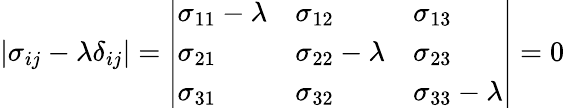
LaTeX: \left|\sigma_{ij}-\lambda\delta_{ij}\right|={\left|\begin{array}{lll}{\sigma_{11}-\lambda}&{\sigma_{12}}&{\sigma_{13}}\\ {\sigma_{21}}&{\sigma_{22}-\lambda}&{\sigma_{23}}\\ {\sigma_{31}}&{\sigma_{32}}&{\sigma_{33}-\lambda}\end{array}\right|}=0